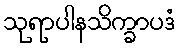
သုရာပါနသိက္ခာပဒံ